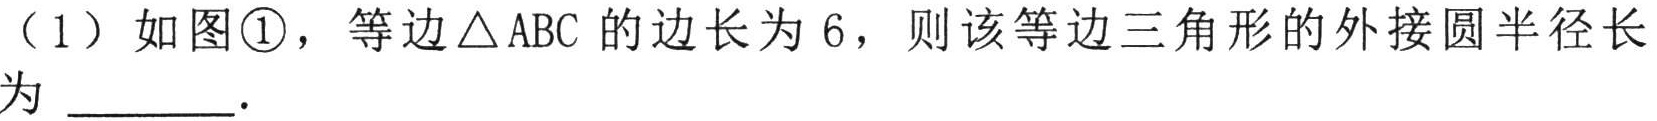
（1）如图\textcircled{1}，等边\(\triangle ABC\)的边长为\(6\)，则该等边三角形的外接圆半径长为 \(\underline{\quad\quad}\).